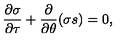
\frac { \partial \sigma } { \partial \tau } + \frac { \partial } { \partial \theta } ( \sigma s ) = 0 ,